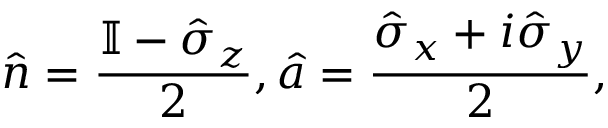
\hat { n } = \frac { \mathbb { I } - \hat { \sigma } _ { z } } { 2 } , \hat { a } = \frac { \hat { \sigma } _ { x } + i \hat { \sigma } _ { y } } { 2 } ,